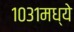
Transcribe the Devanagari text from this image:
१०३१मध्ये